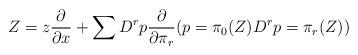
LaTeX: \begin{align*} Z=z\frac{\partial}{\partial x}+\sum D^rp\frac{\partial}{\partial\pi_r}(p=\pi_0(Z)D^rp=\pi_r(Z))\end{align*}